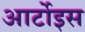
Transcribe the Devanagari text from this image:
आर्टोइस